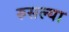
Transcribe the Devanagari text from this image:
रुसल्या